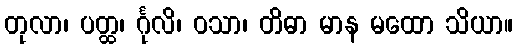
တုလာ၊ ပတ္ထ၊ င်္ဂုလိ၊ ဝသာ၊ တိဓာ မာန မထော သိယာ။